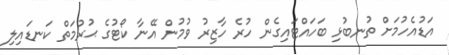
އަޑުއެހުމަށް ތުނބުޅި ބަހައްޓައިގެން ހުރެ ހާޒިރު ވުމުން އޭނާ ކޯޓުގެ ޙުރުމަތް ކަނޑައިލި